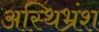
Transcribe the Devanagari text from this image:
अस्थिभ्रंश